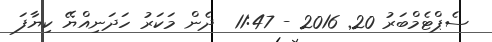
ސެޕްޓެމްބަރު 20